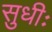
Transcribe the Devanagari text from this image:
सुधीः